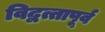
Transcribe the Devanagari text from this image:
विद्वत्तापूर्व